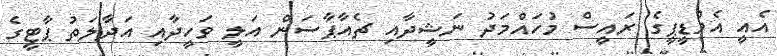
އެއީ އެމްޑީޕީގެ ރައީސް މުހައްމަދު ނަޝީދާއި ޗެއާޕާސަން އަލީ ވަހީދާއި އަދާލަތު ޕާޓީގެ